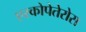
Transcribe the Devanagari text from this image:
एस्कोपेतेरोस